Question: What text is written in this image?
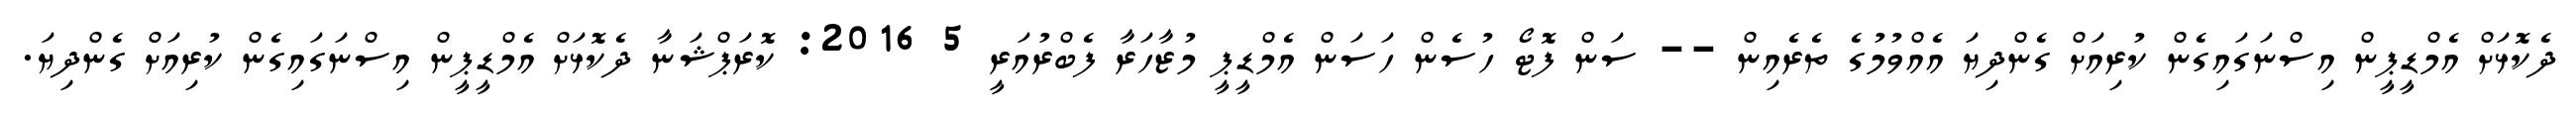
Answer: ދެކޮޅަށް އެމްޑީޕީން އިސްނަގައިގެން ކުރިއަށް ގެންދިޔަ އެއްވުމުގެ ތެރެއިން -- ސަން ފޮޓޯ ހުސެން ހަސަން އެމްޑީޕީ މުޒާހަރާ ފެބްރުއަރީ 5 2016: ކޮރަޕްޝަނާ ދެކޮޅަށް އެމްޑީޕީން އިސްނަގައިގެން ކުރިއަށް ގެންދިޔަ.